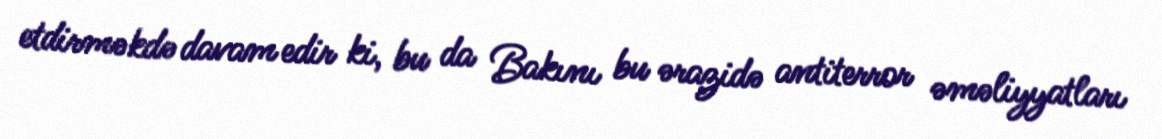
etdirməkdə davam edir ki, bu da Bakını bu ərazidə antiterror əməliyyatları